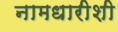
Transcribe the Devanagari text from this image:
नामधारीशी